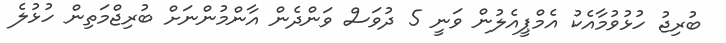
ބުރިޖު ހުޅުވުމާއެކު އެމްޕީއެލުން ވަނީ 5 ދުވަސް ވަންދެން އާންމުންނަށް ބުރިޖްމަތިން ހުޅުލެ